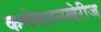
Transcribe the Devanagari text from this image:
कलेक्शनखेरीज